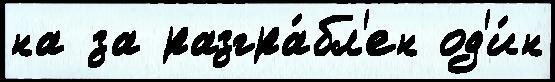
на за разгра́бл'ен од'и́н